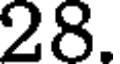
28.